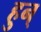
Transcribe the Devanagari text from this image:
हुन्